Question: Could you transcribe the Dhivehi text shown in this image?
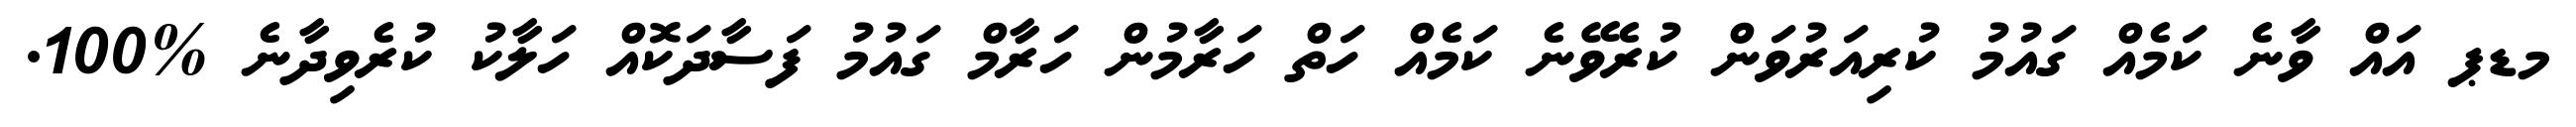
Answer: މޑޕ އައް ވާނެ ކަމެއް ގައުމު ކުރިއަރުވަން ކުރެވޭނެ ކަމެއް ހަތް ހަރާމުން ހަރާމް ގައުމު ފަސާދަކޮއް ހަލާކު ކުރެވިދާނެ %100.